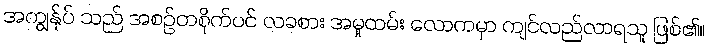
အကျွန်ုပ် သည် အစဉ်တစိုက်ပင် လခစား အမှုထမ်း လောကမှာ ကျင်လည်လာရသူ ဖြစ်၏။